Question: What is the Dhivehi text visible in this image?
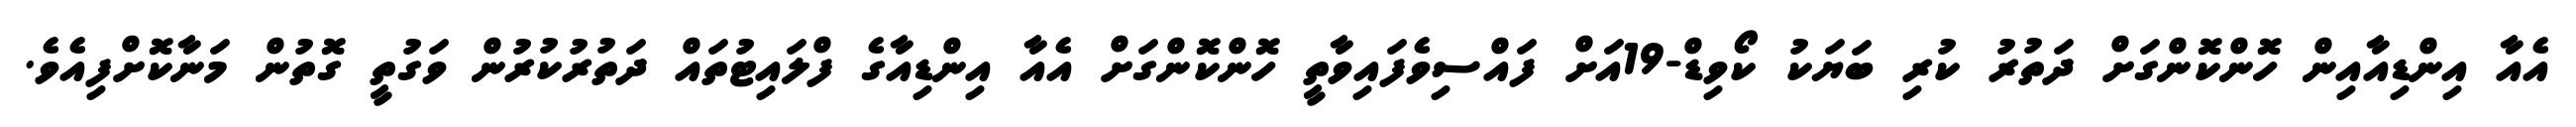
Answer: އެއާ އިންޑިއާއިން ހޮންކޮންގަށް ދަތުރު ކުރި ބަޔަކު ކޯވިޑް-19އަށް ފައްސިވެފައިވާތީ ހޮންކޮންގަށް އެއާ އިންޑިއާގެ ފްލައިޓުތައް ދަތުރުކުރުން ވަގުތީ ގޮތުން މަނާކޮށްފިއެވެ.